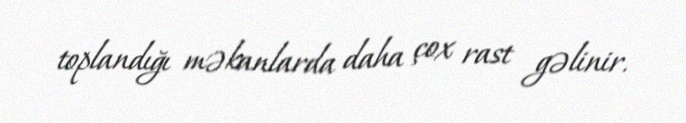
toplandığı məkanlarda daha çox rast gəlinir.